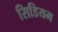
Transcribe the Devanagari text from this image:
सिडियम